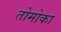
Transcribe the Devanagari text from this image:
तोमोका